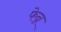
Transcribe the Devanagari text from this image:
फेन्न